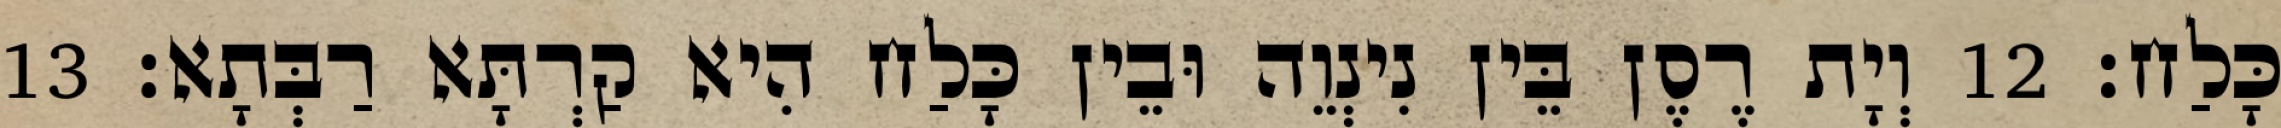
כָּלַח׃ 12 וְיָת רֶסֶן בֵּין נִינְוֵה וּבֵין כָּלַח הִיא קַרְתָּא רַבְּתָא׃ 13